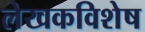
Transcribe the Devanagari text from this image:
लेखकविशेष